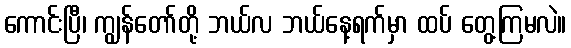
ကောင်းပြီ၊ ကျွန်တော်တို့ ဘယ်လ ဘယ်နေ့ရက်မှာ ထပ် တွေ့ကြမလဲ။